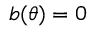
b ( \theta ) = 0